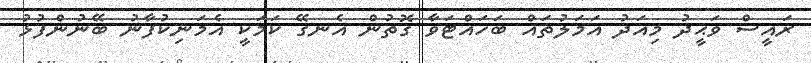
ރައީސް ވަޙީދު މިއަދު އަމަލުތައް ބަހައްޓަވާ ގޮތުން އެނގޭ ކަމަކީ އެމަނިކުފާނު ބޭނުންފުޅު